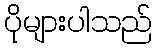
ပိုများပါသည်